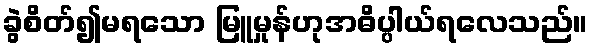
ခွဲစိတ်၍မရသော မြူမှုန်ဟုအဓိပ္ပါယ်ရလေသည်။